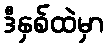
ဒီနှစ်ထဲမှာ